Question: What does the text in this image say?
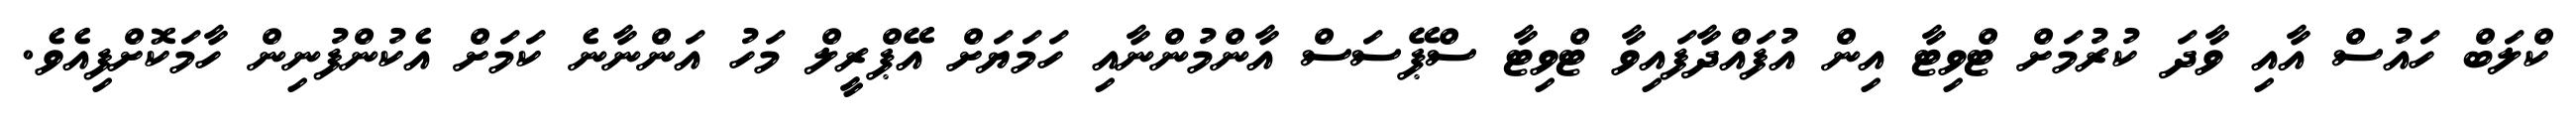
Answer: ކްލަބް ހައުސް އާއި ވާދަ ކުރުމަށް ޓްވިޓާ އިން އުފައްދާފައިވާ ޓްވިޓާ ސްޕޭސަސް އާންމުންނާއި ހަމަޔަށް އޭޕްރީލް މަހު އަންނާނެ ކަމަށް އެކުންފުނިން ހާމަކޮށްފިއެވެ.